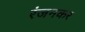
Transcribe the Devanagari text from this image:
रंजनकर